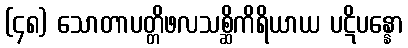
(၄၈) သောတာပတ္တိဖလသစ္ဆိကိရိယာယ ပဋိပန္နော